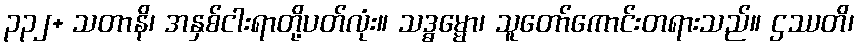
၃၃၂+ သတာနိ၊ အနှစ်ငါးရာတို့ပတ်လုံး။ သဒ္ဓမ္မော၊ သူတော်ကောင်းတရားသည်။ ဌဿတိ၊